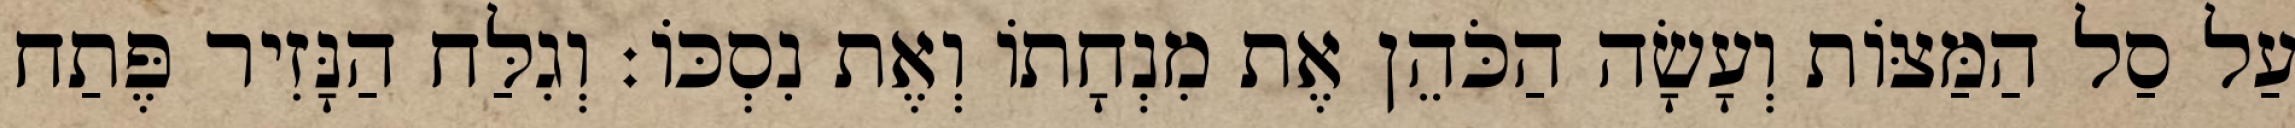
עַל סַל הַמַּצּוֹת וְעָשָׂה הַכֹּהֵן אֶת מִנְחָתוֹ וְאֶת נִסְכּוֹ׃ וְגִלַּח הַנָּזִיר פֶּתַח